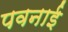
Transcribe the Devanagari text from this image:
पवनाई